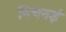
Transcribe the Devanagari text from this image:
निचनई